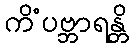
ကိံပဗ္ဘာရန္တိ